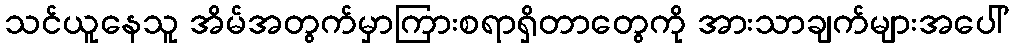
သင်ယူနေသူ အိမ်အတွက်မှာကြားစရာရှိတာတွေကို အားသာချက်များအပေါ်